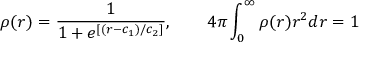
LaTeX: \rho ( r ) = \frac { 1 } { 1 + e ^ { [ ( r - c _ { 1 } ) / c _ { 2 } ] } } , \qquad 4 \pi \int _ { 0 } ^ { \infty } \rho ( r ) r ^ { 2 } d r = 1